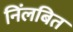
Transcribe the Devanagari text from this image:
निंलबित